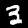
Label: 3